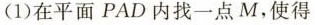
(1)在平面PAD内找一点M，使得